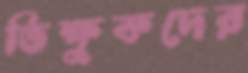
ভিক্ষুকদের